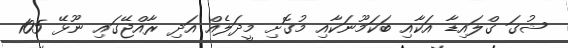
ޝުގަ ގްލައިޑާ އަކާއި ބަކަމޫނަކާއި މުގޮށި މީދަލެއް އަދި ރާއްޖޭގައި ނޫޅޭ 105